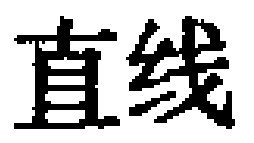
直线